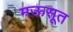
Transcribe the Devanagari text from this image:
मऊसूत